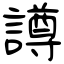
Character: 譐